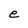
Character: e